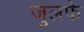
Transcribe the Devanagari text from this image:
जुलफे